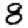
Digit: 8